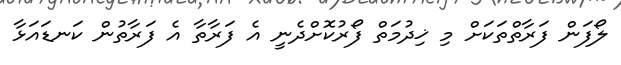
ލޯފަން ފަރާތްތަކަށް މި ޚިދުމަތް ފޯރުކޮށްދެނީ އެ ފަރާތާ އެ ފަރާތުން ކަނޑައަޅާ